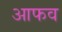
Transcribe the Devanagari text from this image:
आफव